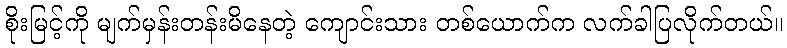
စိုးမြင့်ကို မျက်မှန်းတန်းမိနေတဲ့ ကျောင်းသား တစ်ယောက်က လက်ခါပြလိုက်တယ်။